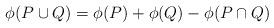
LaTeX: \begin{align*}\phi(P \cup Q) = \phi(P) + \phi(Q) - \phi(P \cap Q)\end{align*}